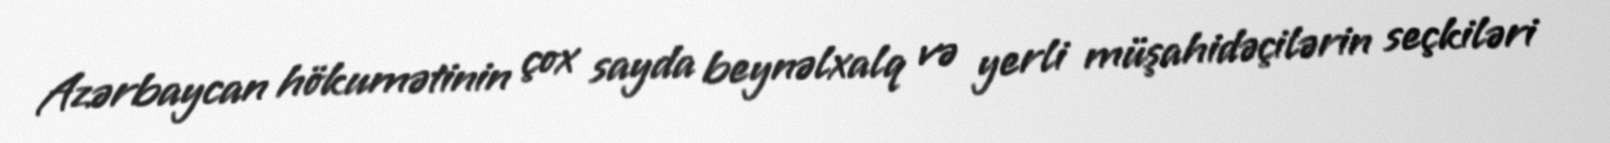
Azərbaycan hökumətinin çox sayda beynəlxalq və yerli müşahidəçilərin seçkiləri